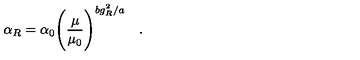
\alpha _ { R } = \alpha _ { 0 } \Biggr ( \frac { \mu } { \mu _ { 0 } } { \Biggr ) } ^ { b g _ { R } ^ { 2 } / a } \quad . \quad